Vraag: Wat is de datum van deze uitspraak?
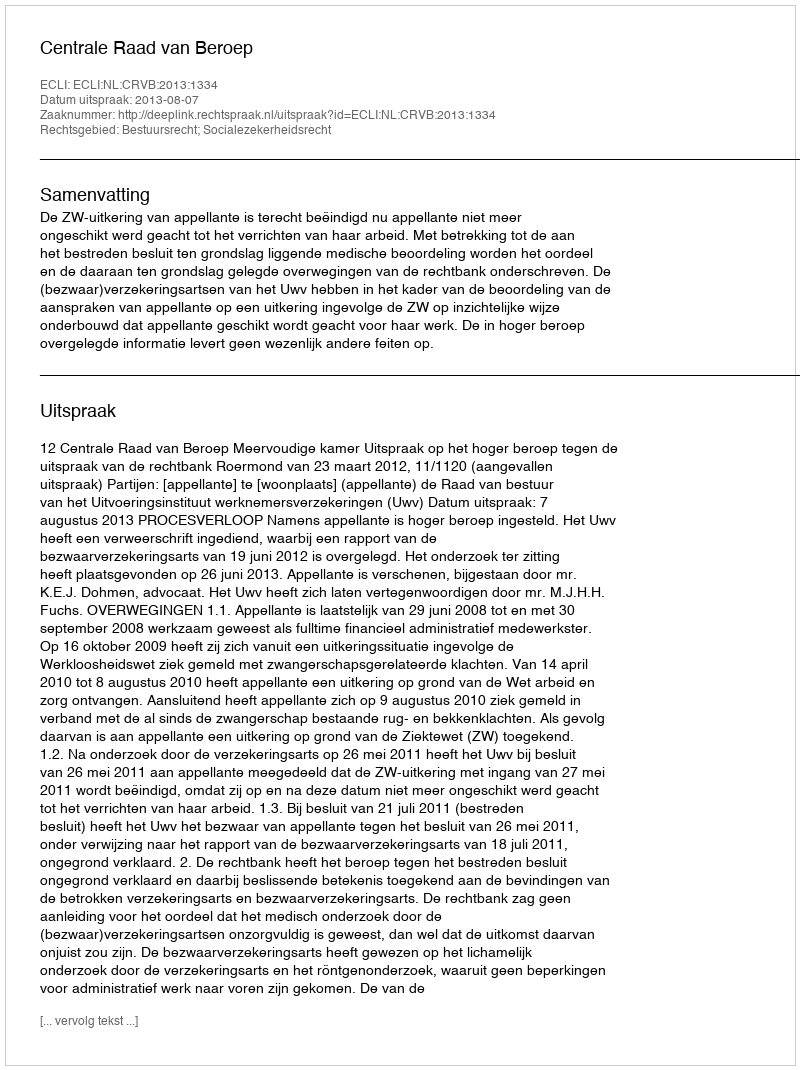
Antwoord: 2013-08-07